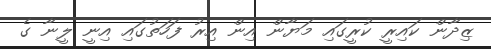
ޒިދާން ކައިރީ ކުރީގައި މަޔާން އިން އިރު ފަހަތުގައި އިނީ ލީނާ ގެ